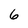
Character: 6